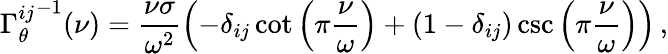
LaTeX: {\Gamma_{\theta}^{ij}}^{-1}(\nu)=\frac{\nu\sigma}{\omega^{2}}\left(-\delta_{ij}\cot\left(\pi\frac{\nu}{\omega}\right)+\left(1-\delta_{ij}\right)\csc\left(\pi\frac{\nu}{\omega}\right)\right)\, ,